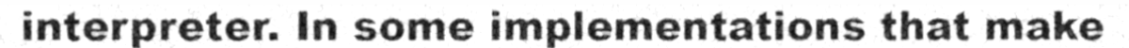
interpreter. In some implementations that make